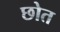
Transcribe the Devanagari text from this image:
छोत